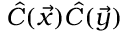
\hat { C } ( \vec { x } ) \hat { C } ( \vec { y } )